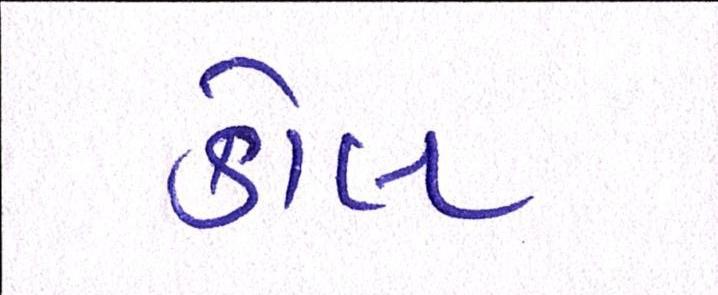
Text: કોલ